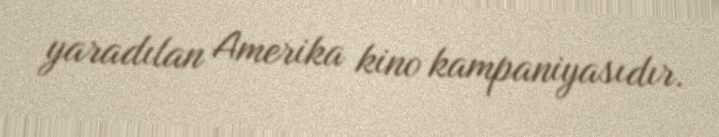
yaradılan Amerika kino kampaniyasıdır.